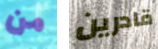
من قادرين